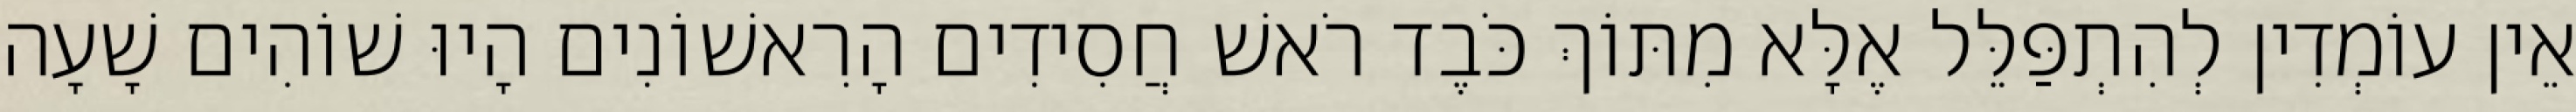
אֵין עוֹמְדִין לְהִתְפַּלֵּל אֶלָּא מִתּוֹךְ כֹּבֶד רֹאשׁ חֲסִידִים הָרִאשׁוֹנִים הָיוּ שׁוֹהִים שָׁעָה